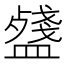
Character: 𥂥